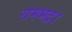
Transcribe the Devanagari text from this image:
रामभद्र।